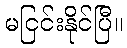
မငြင်းနိုင်ပြီ။